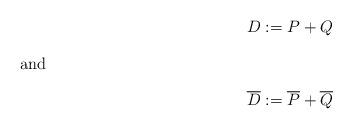
LaTeX: \begin{align*}D & := P + Q\intertext{and}\overline{D} & := \overline{P} + \overline{Q}\end{align*}